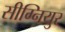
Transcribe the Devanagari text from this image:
सीग्नियुर